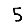
Digit: 5